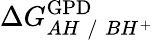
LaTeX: \Delta G_{AH\; /\; BH^{+}}^{\mathrm{{GPD}}}